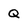
Character: Q